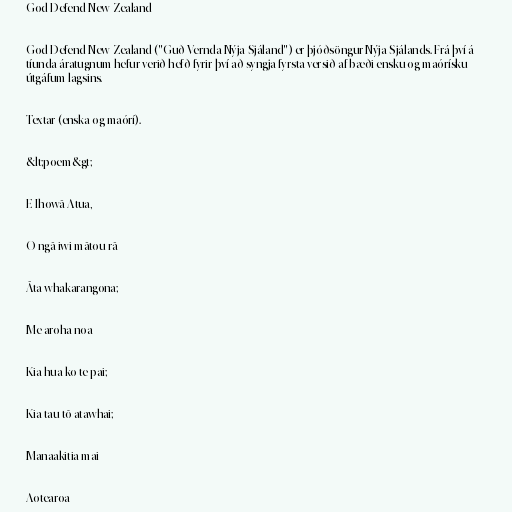
God Defend New Zealand

God Defend New Zealand ("Guð Vernda Nýja-Sjáland") er þjóðsöngur Nýja-Sjálands. Frá því á
tíunda áratugnum hefur verið hefð fyrir því að syngja fyrsta versið af bæði ensku og maórísku
útgáfum lagsins.

Textar (enska og maórí).

&lt;poem&gt;

E Ihowā Atua,

O ngā iwi mātou rā

Āta whakarangona;

Me aroha noa

Kia hua ko te pai;

Kia tau tō atawhai;

Manaakitia mai

Aotearoa